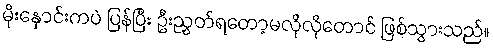
မိုးနှောင်းကပဲ ပြန်ပြီး ဦးညွှတ်ရတော့မလိုလိုတောင် ဖြစ်သွားသည်။